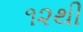
૧૨થી